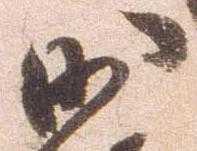
沙